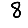
Digit: 8